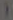
(